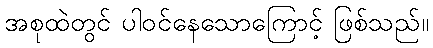
အစုထဲတွင် ပါဝင်နေသောကြောင့် ဖြစ်သည်။